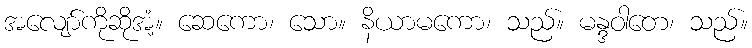
အလျော်ကိုဆိုအံ့။ ဆေကော၊ သော။ နိယာမကော၊ သည်။ မန္ဒဝါတေ၊ သည်။